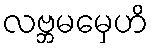
လဗ္ဘမမှေဟိ